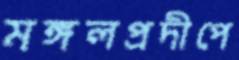
মঙ্গলপ্রদীপে